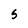
Character: S